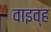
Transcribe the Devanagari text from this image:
वाइव्ह